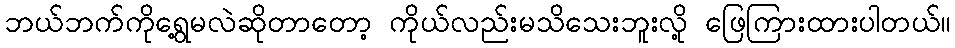
ဘယ်ဘက်ကိုရွေ့မလဲဆိုတာတော့ ကိုယ်လည်းမသိသေးဘူးလို့ ဖြေကြားထားပါတယ်။